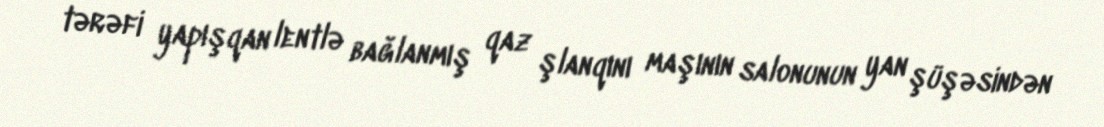
tərəfi yapışqan lentlə bağlanmış qaz şlanqını maşının salonunun yan şüşəsindən